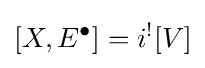
[X,E^{\bullet }]=i^{!}[V]